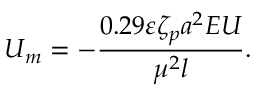
U _ { m } = - \frac { 0 . 2 9 \varepsilon \zeta _ { p } a ^ { 2 } E U } { \mu ^ { 2 } l } .